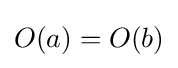
O(a)=O(b)